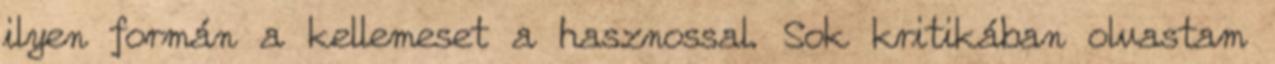
ilyen formán a kellemeset a hasznossal. Sok kritikában olvastam